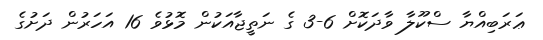
ޢަރަބިއްޔާ ސްކޫލާ ވާދަކޮށް 6-3 ގެ ނަތީޖާއަކުން މޮޅުވެ 16 އަހަރުން ދަށުގެ